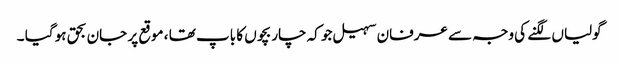
گولیاں لگنے کی وجہ سے عرفان سہیل جو کہ چار بچوں کا باپ تھا ، موقع پر جان بحق ہو گیا ۔